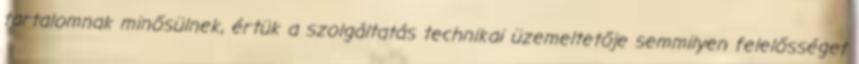
tartalomnak minősülnek, értük a szolgáltatás technikai üzemeltetője semmilyen felelősséget